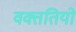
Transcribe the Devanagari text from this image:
वक्ततियो